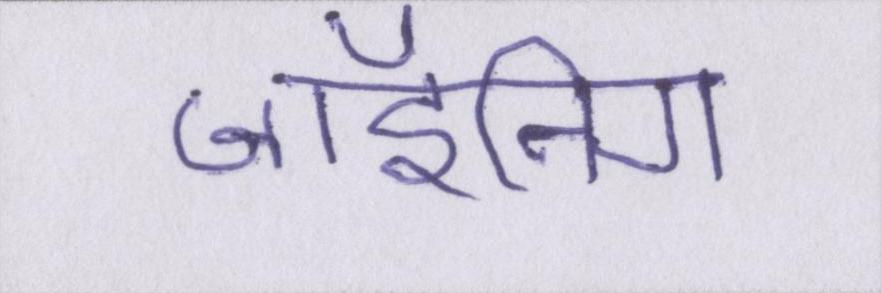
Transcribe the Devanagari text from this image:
जॉइनिंग